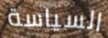
السياسة